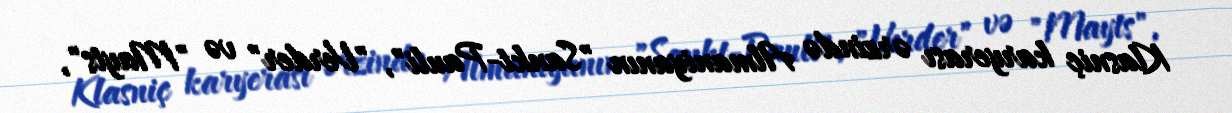
Klasniç karyerası ərzində Almaniyanın "Sankt-Pauli", "Verder" və "Mayts",